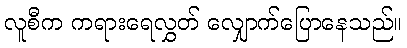
လူစီက ကရားရေလွှတ် လျှောက်ပြောနေသည်။